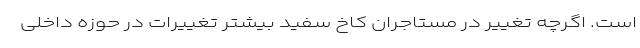
است. اگرچه تغییر در مستاجران کاخ سفید بیشتر تغییرات در حوزه داخلی